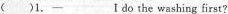
( )1.—___I do the washing first?